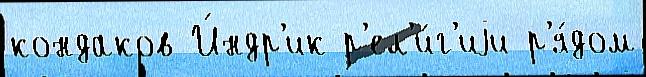
кондаков И́ндр'ик р'ел'и́г'иjи р'я́дом